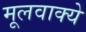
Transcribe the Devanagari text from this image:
मूलवाक्ये